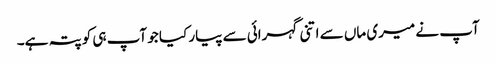
آپ نے میری ماں سے اتنی گہرائی سے پیار کیا جو آپ ہی کو پتہ ہے۔